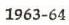
1963-64